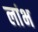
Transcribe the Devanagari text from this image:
लांभ